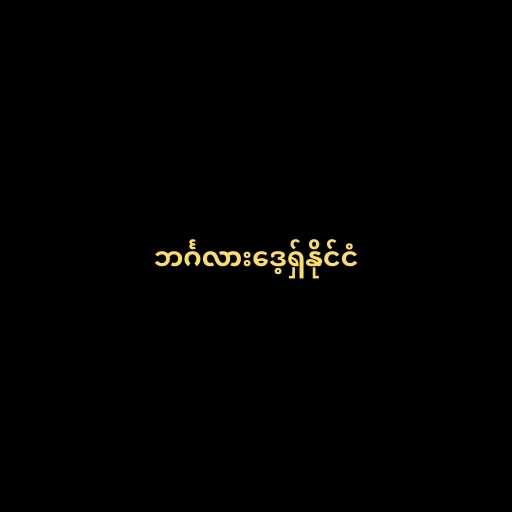
ဘင်္ဂလားဒေ့ရှ်နိုင်ငံ